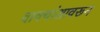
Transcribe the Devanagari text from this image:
वाक्यांशावरून